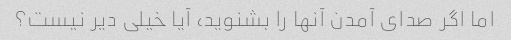
اما اگر صدای آمدن آنها را بشنوید، آیا خیلی دیر نیست؟